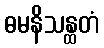
ဓမနိသန္ထတံ